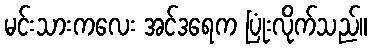
မင်းသားကလေး အင်ဒရေက ပြုံးလိုက်သည်။